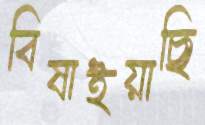
বিষাইয়াছি